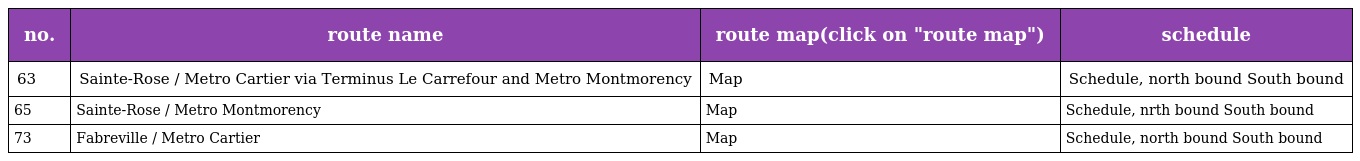
| no. | route name | route map(click on "route map") | schedule |
 | --- | --- | --- | --- |
 | 63 | Sainte-Rose / Metro Cartier via Terminus Le Carrefour and Metro Montmorency | Map | Schedule, north bound South bound |
 | 65 | Sainte-Rose / Metro Montmorency | Map | Schedule, nrth bound South bound |
 | 73 | Fabreville / Metro Cartier | Map | Schedule, north bound South bound |